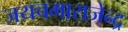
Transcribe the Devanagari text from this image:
जयचमाराजेन्द्र